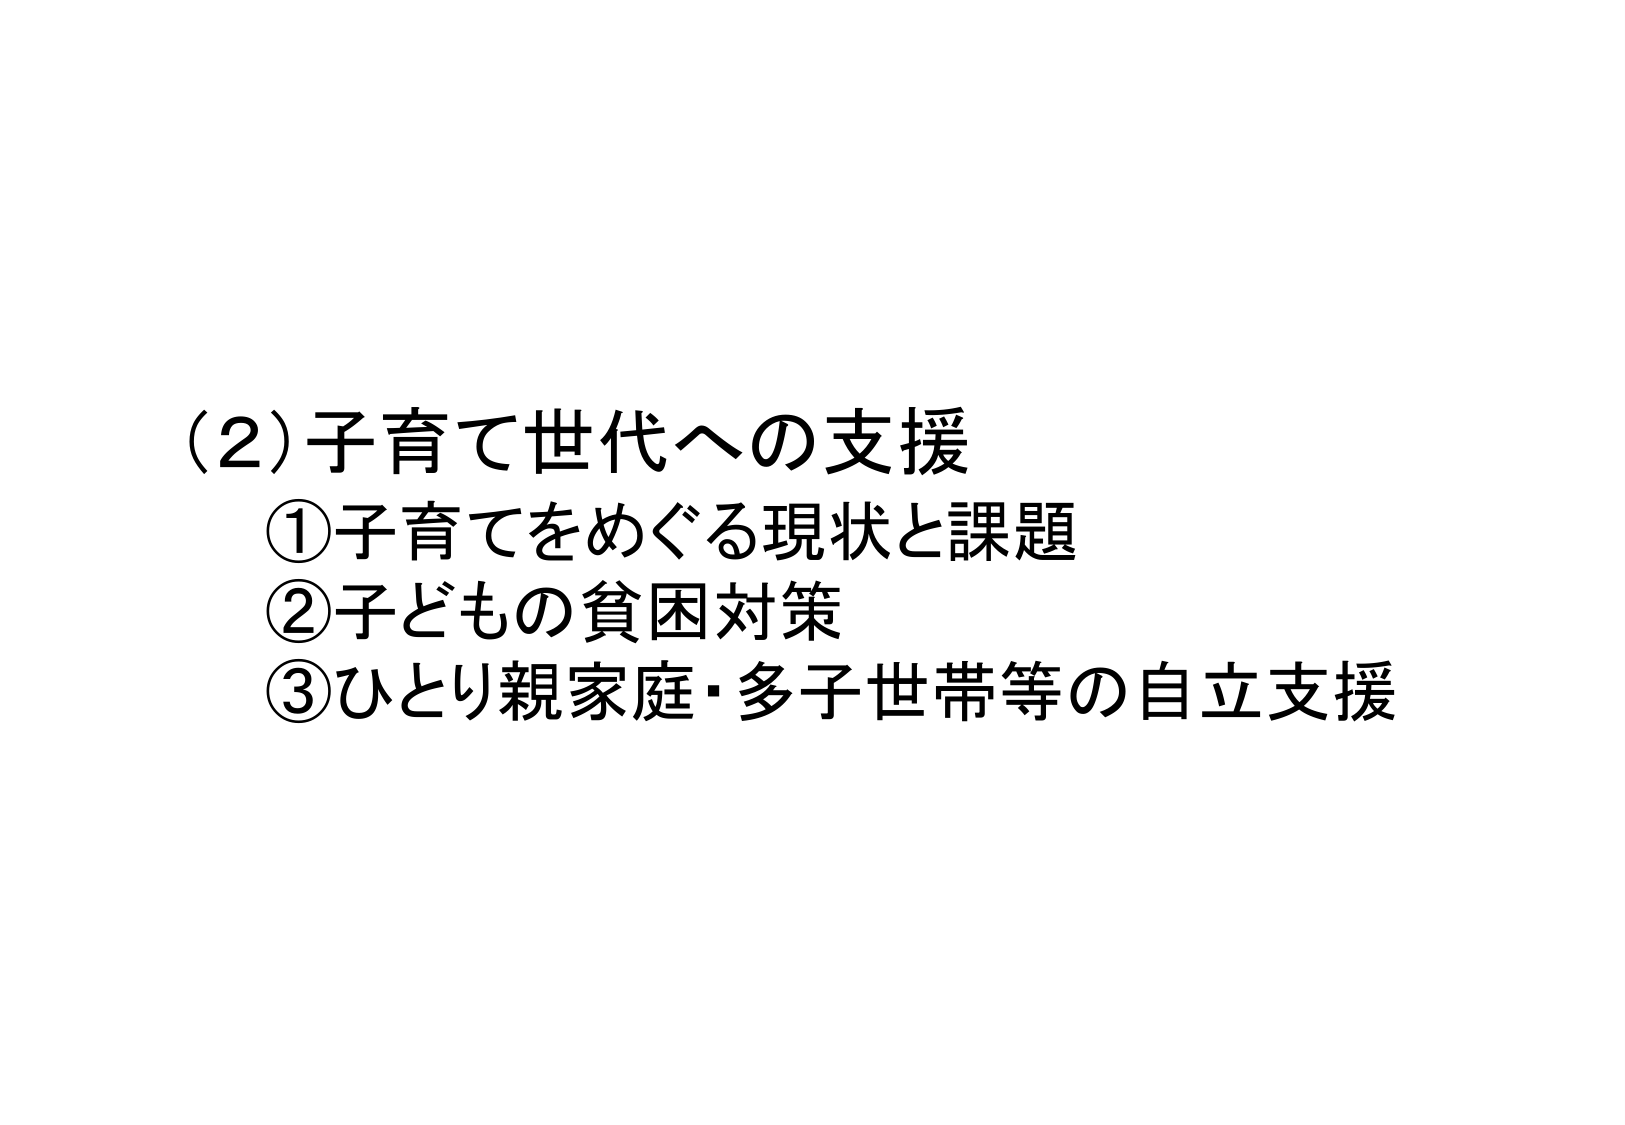
(2)子育て世代への支援
①子育てをめぐる現状と課題
②子どもの貧困対策
③ひとり親家庭・多子世帯等の自立支援